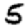
Digit: 5